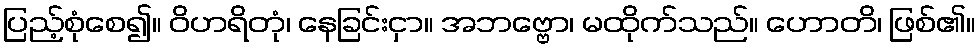
ပြည့်စုံစေ၍။ ဝိဟရိတုံ၊ နေခြင်းငှာ။ အဘဗ္ဗော၊ မထိုက်သည်။ ဟောတိ၊ ဖြစ်၏။